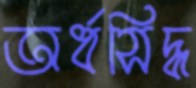
অর্ধসিদ্ধ